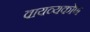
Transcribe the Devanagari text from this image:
वायव्यकोण